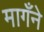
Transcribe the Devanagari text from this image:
मागँने